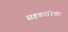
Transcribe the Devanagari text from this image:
सहकारिताः